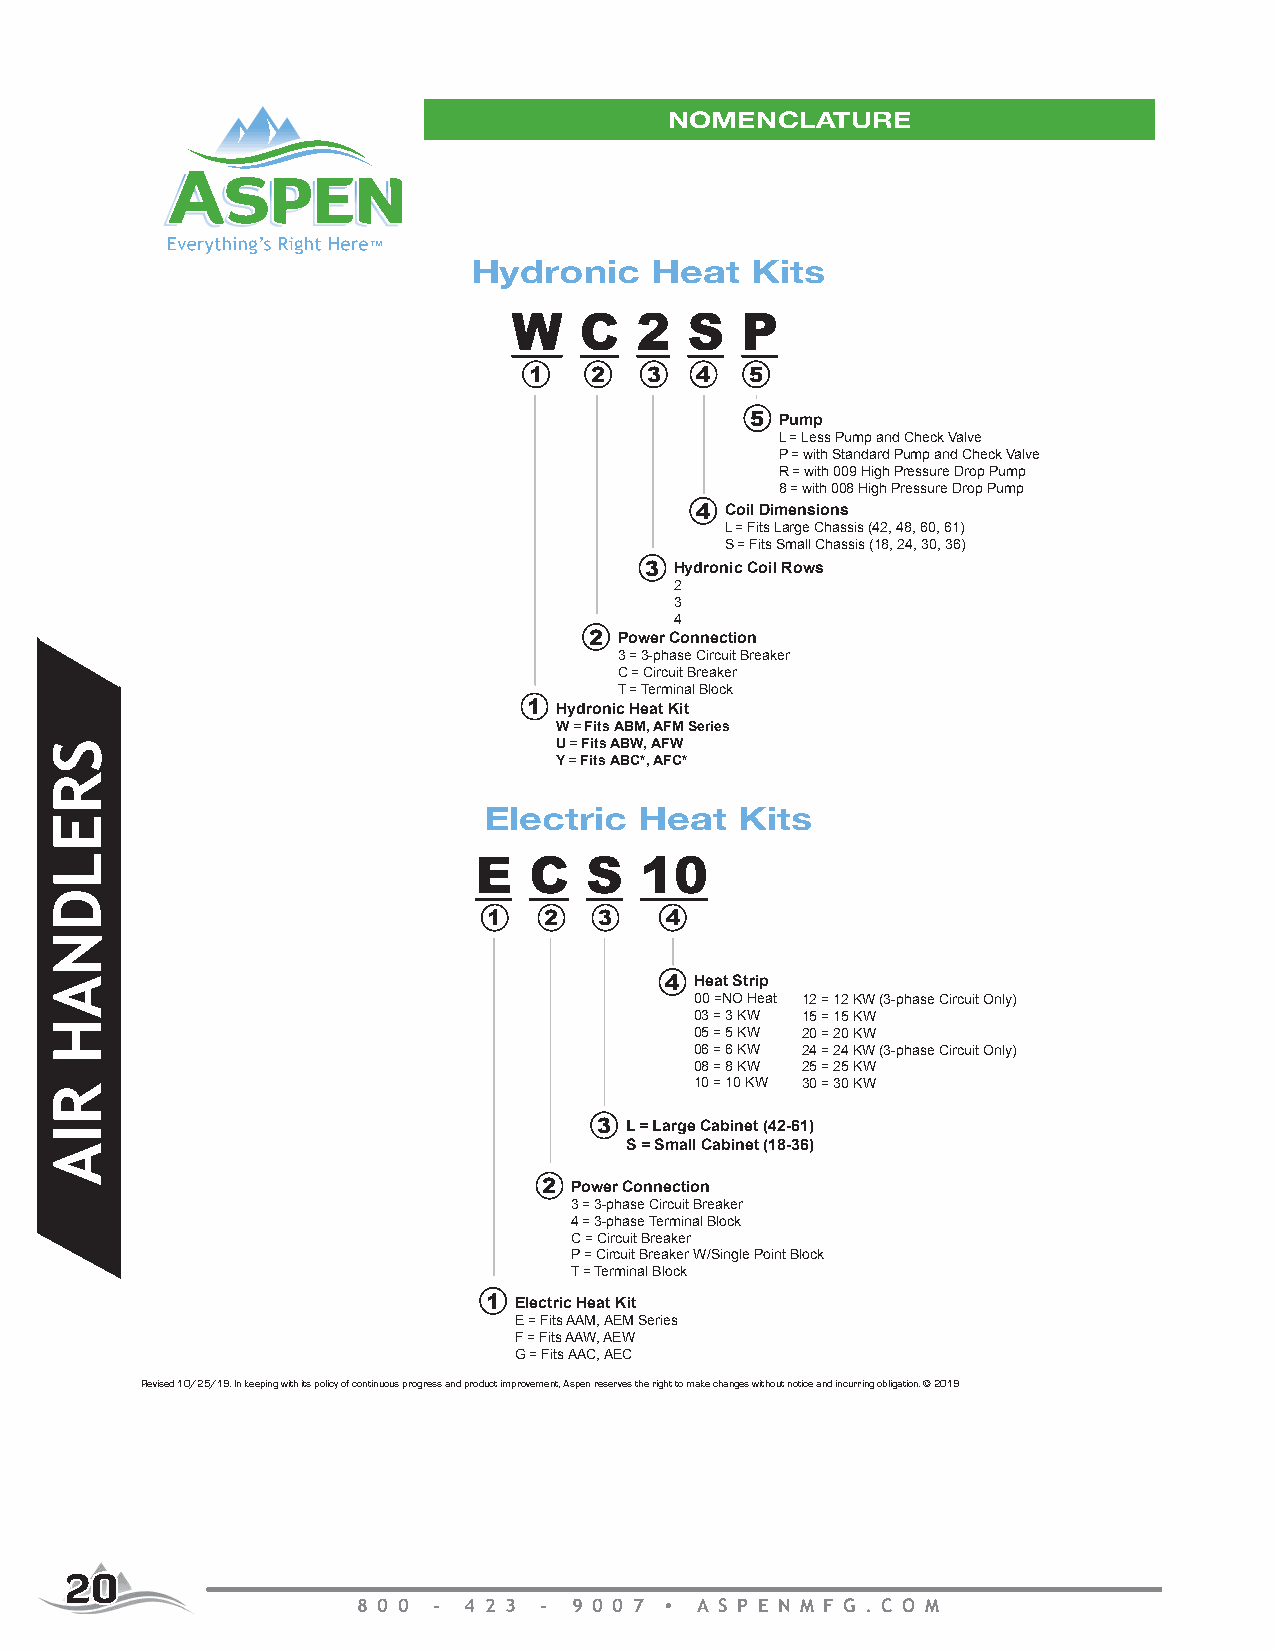
NOMENCLATURE
 Hydronic    Heat   Kits
 W   C   2   S  P
 1   2   3  4   5
 5 Pump
 L = Less Pump and Check Valve
 P = with Standard Pump and Check Valve
 R = with 009 High Pressure Drop Pump
 8 = with 008 High Pressure Drop Pump
 4 Coil Dimensions
 L = Fits Large Chassis (42, 48, 60, 61)
 S = Fits Small Chassis (18, 24, 30, 36)
 3 Hydronic Coil Rows
 2
 3
 4
 2 Power Connection
 3 = 3-phase Circuit Breaker
 C = Circuit Breaker
 T = Terminal Block
 1 Hydronic Heat Kit
 W = Fits ABM, AFM Series
 U = Fits ABW, AFW
 Y = Fits ABC*, AFC*
 Electric  Heat   Kits
 E   C   S  10
 1   2   3   4
 4 Heat Strip
 00 =NO Heat 12 = 12 KW (3-phase Circuit Only)
 03 = 3 KW 15 = 15 KW
 05 = 5 KW 20 = 20 KW
 06 = 6 KW 24 = 24 KW (3-phase Circuit Only)
 08 = 8 KW 25 = 25 KW
 10 = 10 KW 30 = 30 KW
 3 L = Large Cabinet (42-61)
 S = Small Cabinet (18-36)
 2 Power Connection
 3 = 3-phase Circuit Breaker
 4 = 3-phase Terminal Block
 C = Circuit Breaker
 P = Circuit Breaker W/Single Point Block
 T = Terminal Block
 1 Electric Heat Kit
 E = Fits AAM, AEM Series
 F = Fits AAW, AEW
 G = Fits AAC, AEC
 Revised 10/25/19. In keeping with its policy of continuous progress and product improvement, Aspen reserves the right to make changes without notice and incurring obligation. © 2019
 8 0 0 - 4 2 3 - 9 0 0 7   A S P E N M F G . C O M
 2200
 8 0 0 - 4 2 3 - 9 0 0 7 A S P E N M F G . C O M
 SRELDNAH
 RIA
 XX